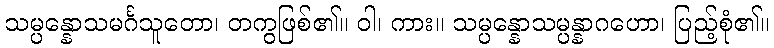
သမ္ပန္နောသမင်္ဂသူတော၊ တကွဖြစ်၏။ ဝါ၊ ကား။ သမ္ပန္နောသမ္ပန္နာဂဟော၊ ပြည့်စုံ၏။